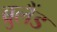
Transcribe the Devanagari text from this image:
ब्रुलैंड